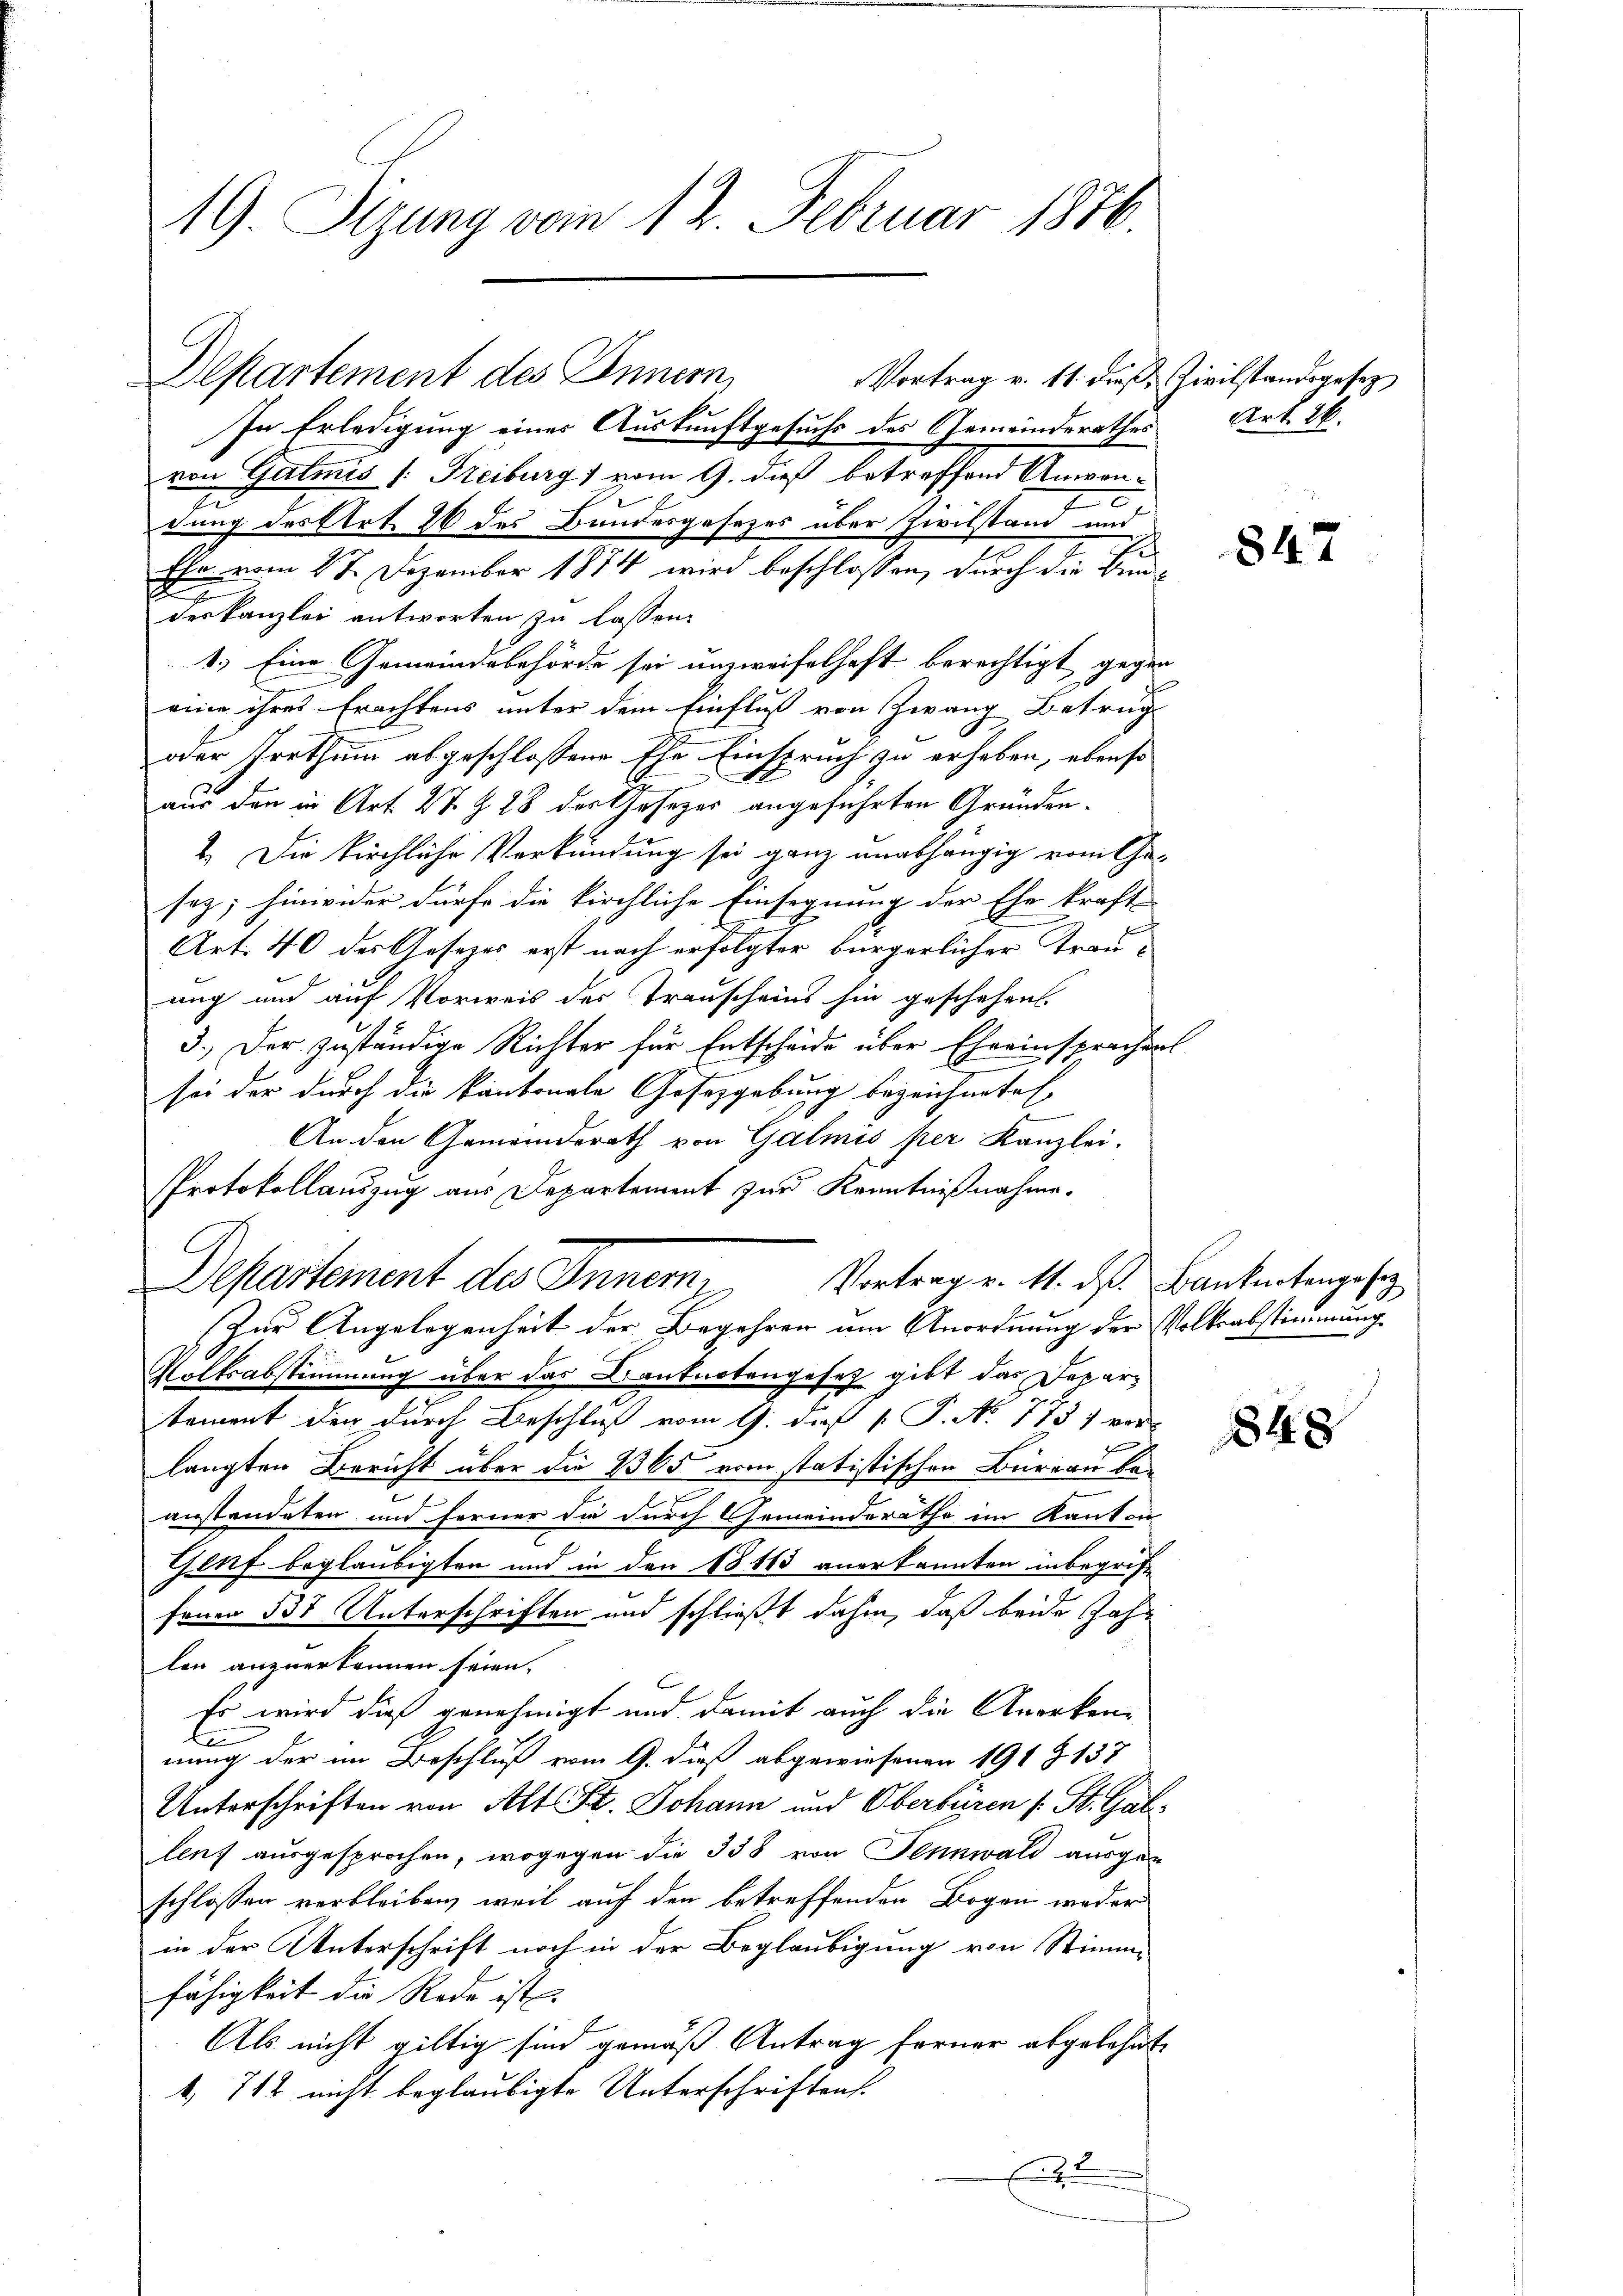
Vortrag v. 11. dieß, Zivilstandsgesez
In Erledigung eines Auskunftgesuchs des Gemeinderathes
von Gatmis Freiburg) vom 9. dieß betreffend Anwen¬
I
dung des Art. 26 des Bundesgesezes über Zivilstand und
Ehr vom 27. Dezember 1874 wird beschlossen, durch die Bundeskanzlei antworten zu lassen.
1.) Eine Gemeindebehörde sei unzweifelhaft berechtigt, gegen
eine ihres Erachtens unter dem Einfluß von Zwang Betrug
oder Irrthum abgeschlossene Ehe Einspruch zu erhaben, ebenso
aus den in Art. 27 § 28 des Gesetzes angeführten Gründen-
2. Die Kirchliche Verkündung sei ganz unabhängig vom Ge-
sey; hinwider dürfe die kirchliche Einsegnung der Ehe kraft-
Art. 40 des Gesezes erst nach erfolgter bürgerlicher Trauung und auf Vorweis des Trauscheins hin geschehen.
3.) Der zuständige Richter für Entscheide über Eheeinsprachens
sei der durch die Kantonale Gesetzgebung bezeichnete E
An den Gemeindsrath von Galmis per Kanzlei.
Protokollauszug aus Departement zur Kenntnißnahme.
Zur Angelegenheit der Begehren um Anordnung der Volksabstimmung
Volksabstimmung über das Bianknotengesetz gibt das Departement der durch Beschluß vom 9. daß P. N. 773 1 ver-
langten Bericht über die 2365 vom statistischen Büreau be-
anstandeten und ferner die durch Gemeinderäthe im Kanton
Genf beglaubigten und in den 1813 anerkannten inbegriffenen 331 Unterschriften und schließt dahin, daß beide Jahlen anzuerkennen seien.
6
Es wird dieß genehmigt und damit auch die Anerkente
nung der im Beschluß vom 9. dieß abgewiesenen 191 Z 137
Unterschriften von Alt St. Johann und Oberbüren s. St. Galleuf ausgesprochen, wogegen die 338 von Tennwald ausgeschlossen verbleiben, weil auf den betreffenden Bogen weder
in der Unterschrift noch in der Beglaubigung von Stimmfähigkeit die Rede ist.
Als nicht giltig sind gemäß Antrag ferner abgelehnt,
1. 712 nicht beglaubigte Unterschriften.
9

19. Sizung vom 12. Februar 1876.

Departement des Innern,

Departement des Inner, Vortrag v. 11. ds Bankentengesez

Art. 26.

847

848